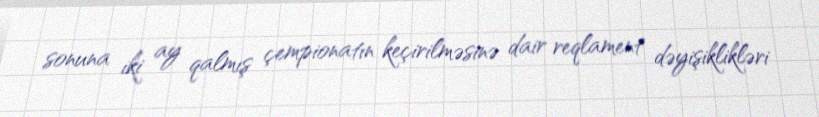
sonuna iki ay qalmış çempionatın keçirilməsinə dair reqlament dəyişiklikləri